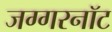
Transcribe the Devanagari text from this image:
जग्गरनॉट